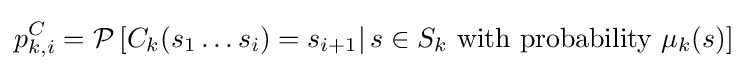
p_{k,i}^{C}={\mathcal {P}}\left[C_{k}(s_{1}\ldots s_{i})=s_{i+1}\right|s\in S_{k}{\text{ with probability }}\mu _{k}(s)]